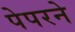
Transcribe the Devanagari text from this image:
पेपरने